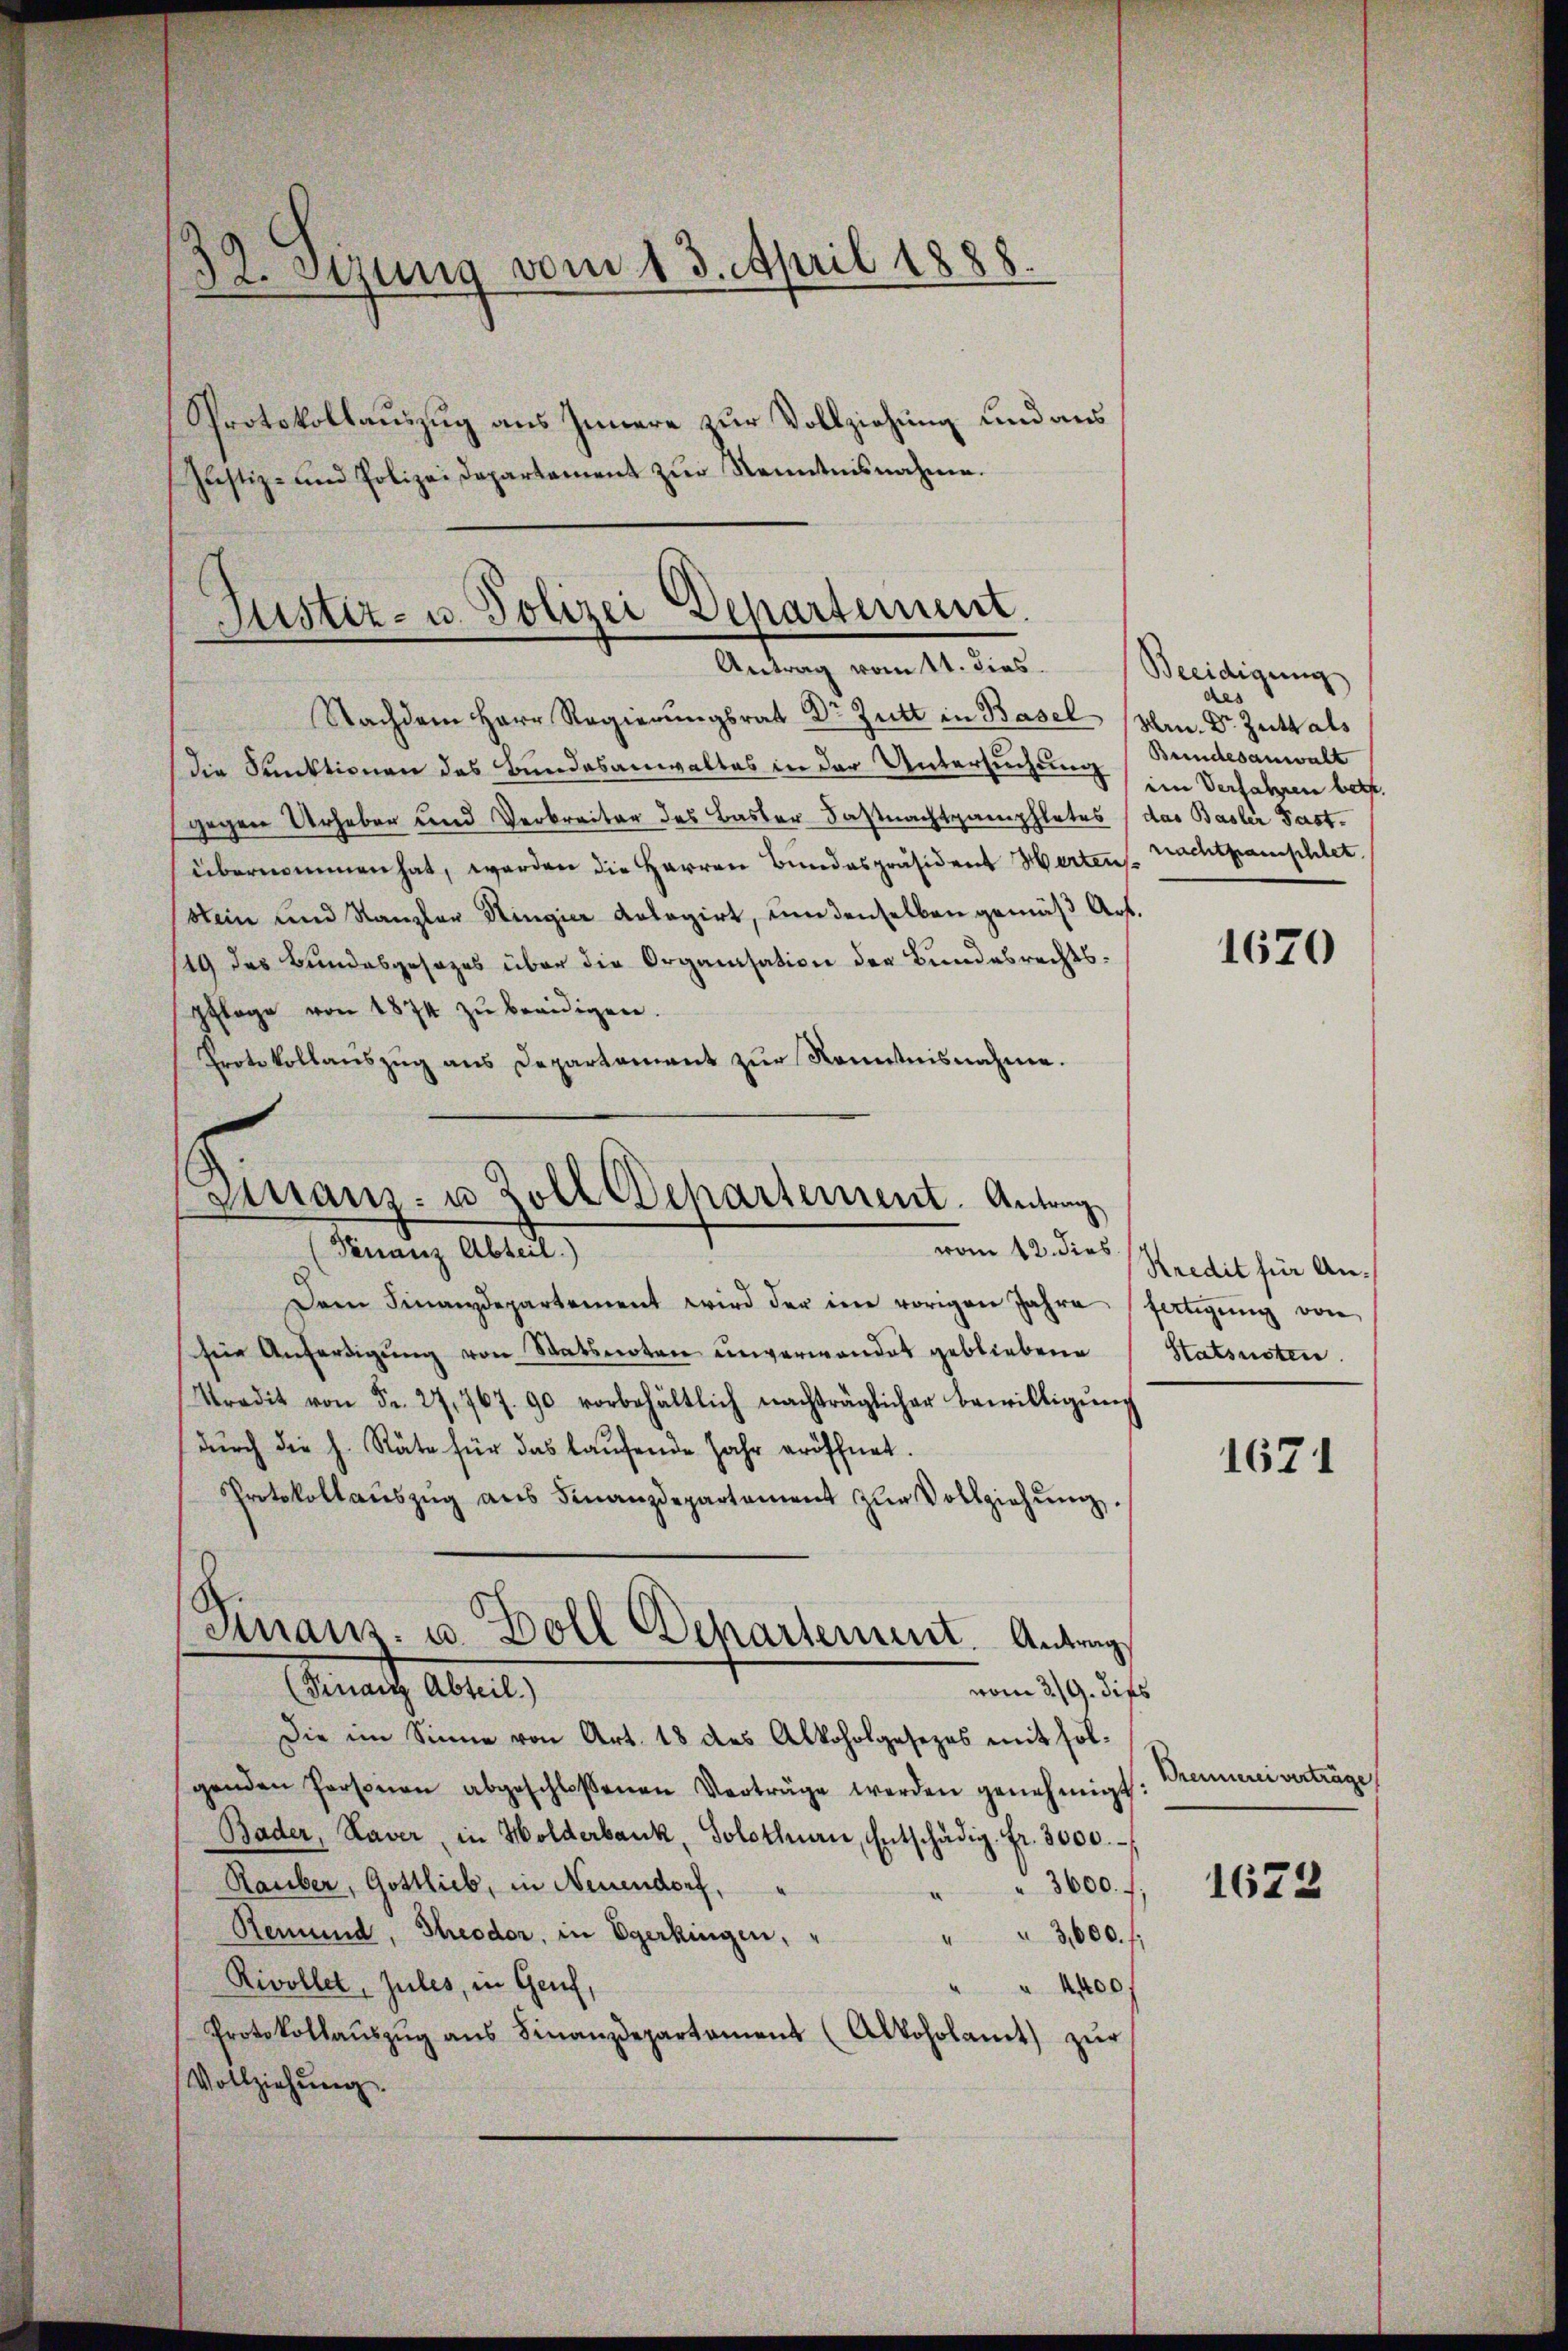
Pprotokollauszug aus Innere zur Vollziehung und aus
Justiz- und Polizei Departement zur Kenntnisnahme.

32. Sizung vom 13. April 1888.

Nachdem Herr Regierungsrat Dr Zutt in Basel (Hrn. Dr. Zutt als
die Funktionen das Bundesanwaltes in der Untersuchung (Bundesanwalt
gegen Urheber und Verbreiter des Basler Faßnachtgamphletes (das Basler Past
übernommen hat, werden die Herren Bundespräsident Herten Nachtpanischlet
Stein und Kanzler Hingier Anlagirt, um denselben gemäß Art.
19 des Bundesgesezes über die Organisation der Bundesrechtspfloge von 1874 zŭ beeidigen.
Protokollauszug aus Departement zur Kenntnisnahme.

Justiz- u. Polizei Departement.
Antrag vom 11. dies

Finanz- u. Zoll Departement. Antrag
vom 12. dies
Finanz Abteil.)

Dem Finanzdepartement wird der im vorigen Jahre fatigŭng von
seie Anferdigŭng von Statsnoten unverwandet gebliebene Statsnoten.
Tradit von Fr. 27,767. 90 vorbehältlich nachträglicher Bewilligŭng
durch die h. Räte für das laufende Jahr eröffnet.
Protokollaŭszŭg aŭs Finanzdepartement zŭr Vollziehŭng.
(Finanzz Abteil)
vom 3./9. dies
Die im Sinne von Art. 18 des Alkoholgesezes mit solgenden Personen abgeschlossenen Verträge werden genehmigt:
Bader, Laver, in Holderbank, Solothurn, Entschädig. Fr. 3000.
Rauber, Gottlieb, in Neuendorf,
3600.
Remund, Theodor, in Egerkingen,
" " 3,600. f
Rivollet, zules, in Genf,
" " 4400f
Protokollaŭszŭg aŭs Finanzdepartament (Alkoholamt zŭr
Vollziehung.

Finans. u. Goll Departement. Antrag,

Beeidigung
des
im Verfahren betr.

1670

Kredit für An¬

1671

Brennerei verträge

1623